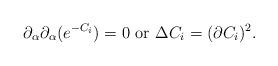
LaTeX: \begin{align*}\partial _{\alpha}\partial _{\alpha}(e^{ -C_{i}} )=0~\mbox{or}~ \Delta C_i=(\partial C_i)^{2}. \end{align*}